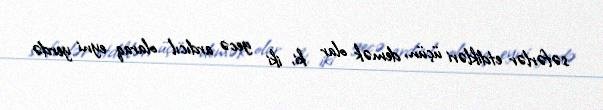
səfərlər etdikləri üçün, demək olar ki, iki gecə ardıcıl olaraq eyni yerdə